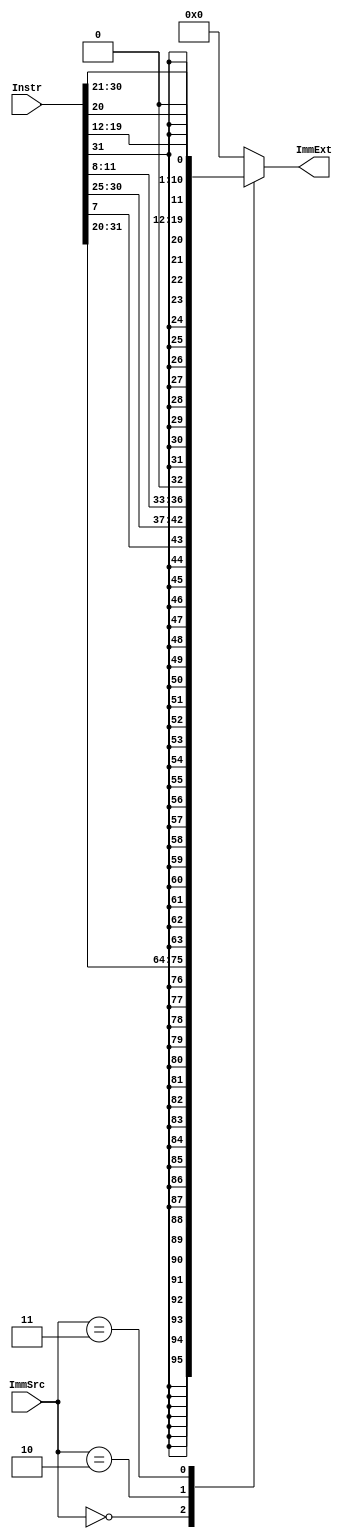
module Extend (
	input 	[31:0]Instr,
	input		[1:0]ImmSrc,
	output	[31:0]ImmExt					
);

always @(ImmSrc) begin
	case(ImmSrc)
	
	2'b00: ImmExt = {{20{Instr[31]}},Instr[31:20]};
	2'b10: ImmExt = {{20{Instr[31]}},Instr[7],Instr[30:25],Instr[11:8],1'b0};
	2'b11: ImmExt = {{12{Instr[31]}},Instr[19:12],Instr[20],Instr[30:21],1'b0};
	default: ImmExt = {32{1'b0}};
	endcase

end

endmodule